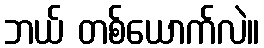
ဘယ် တစ်ယောက်လဲ။